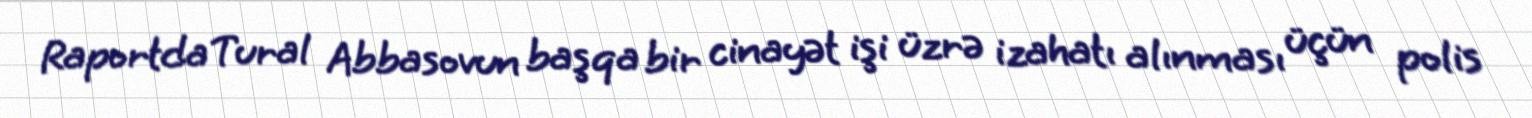
Raportda Tural Abbasovun başqa bir cinayət işi üzrə izahatı alınması üçün polis